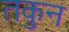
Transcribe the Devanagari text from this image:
तकुन